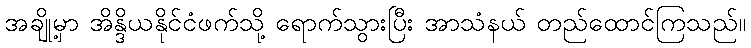
အချို့မှာ အိန္ဒိယနိုင်ငံဖက်သို့ ရောက်သွားပြီး အာသံနယ် တည်ထောင်ကြသည်။